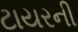
ટાયરની